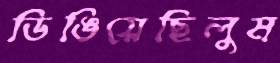
ডিঙিয়েছিলুম